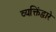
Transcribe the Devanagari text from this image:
व्यक्तिंद्वारे